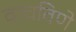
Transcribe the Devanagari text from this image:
वाचविणे